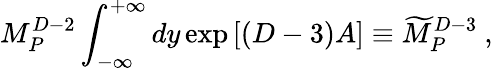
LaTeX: M_{P}^{D-2}\int_{-\infty}^{+\infty}dy\exp\left[(D-3)A\right]\equiv{\widetilde M}_{P}^{D-3}~,